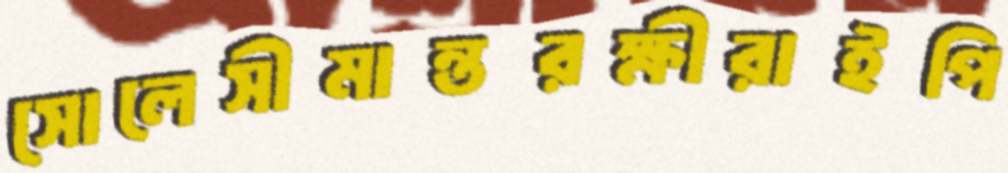
সোলেসীমান্তরক্ষীরাইপি